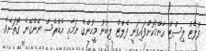
ފުލެޓް ލިސްޓް އާންމުކޮށްފައިވަނީ ފެލްޓް ލިބުނު މީހުންގެ ނަމާއި އެޑްރެސް ނޭންގޭނެ ގޮތަށެވެ.